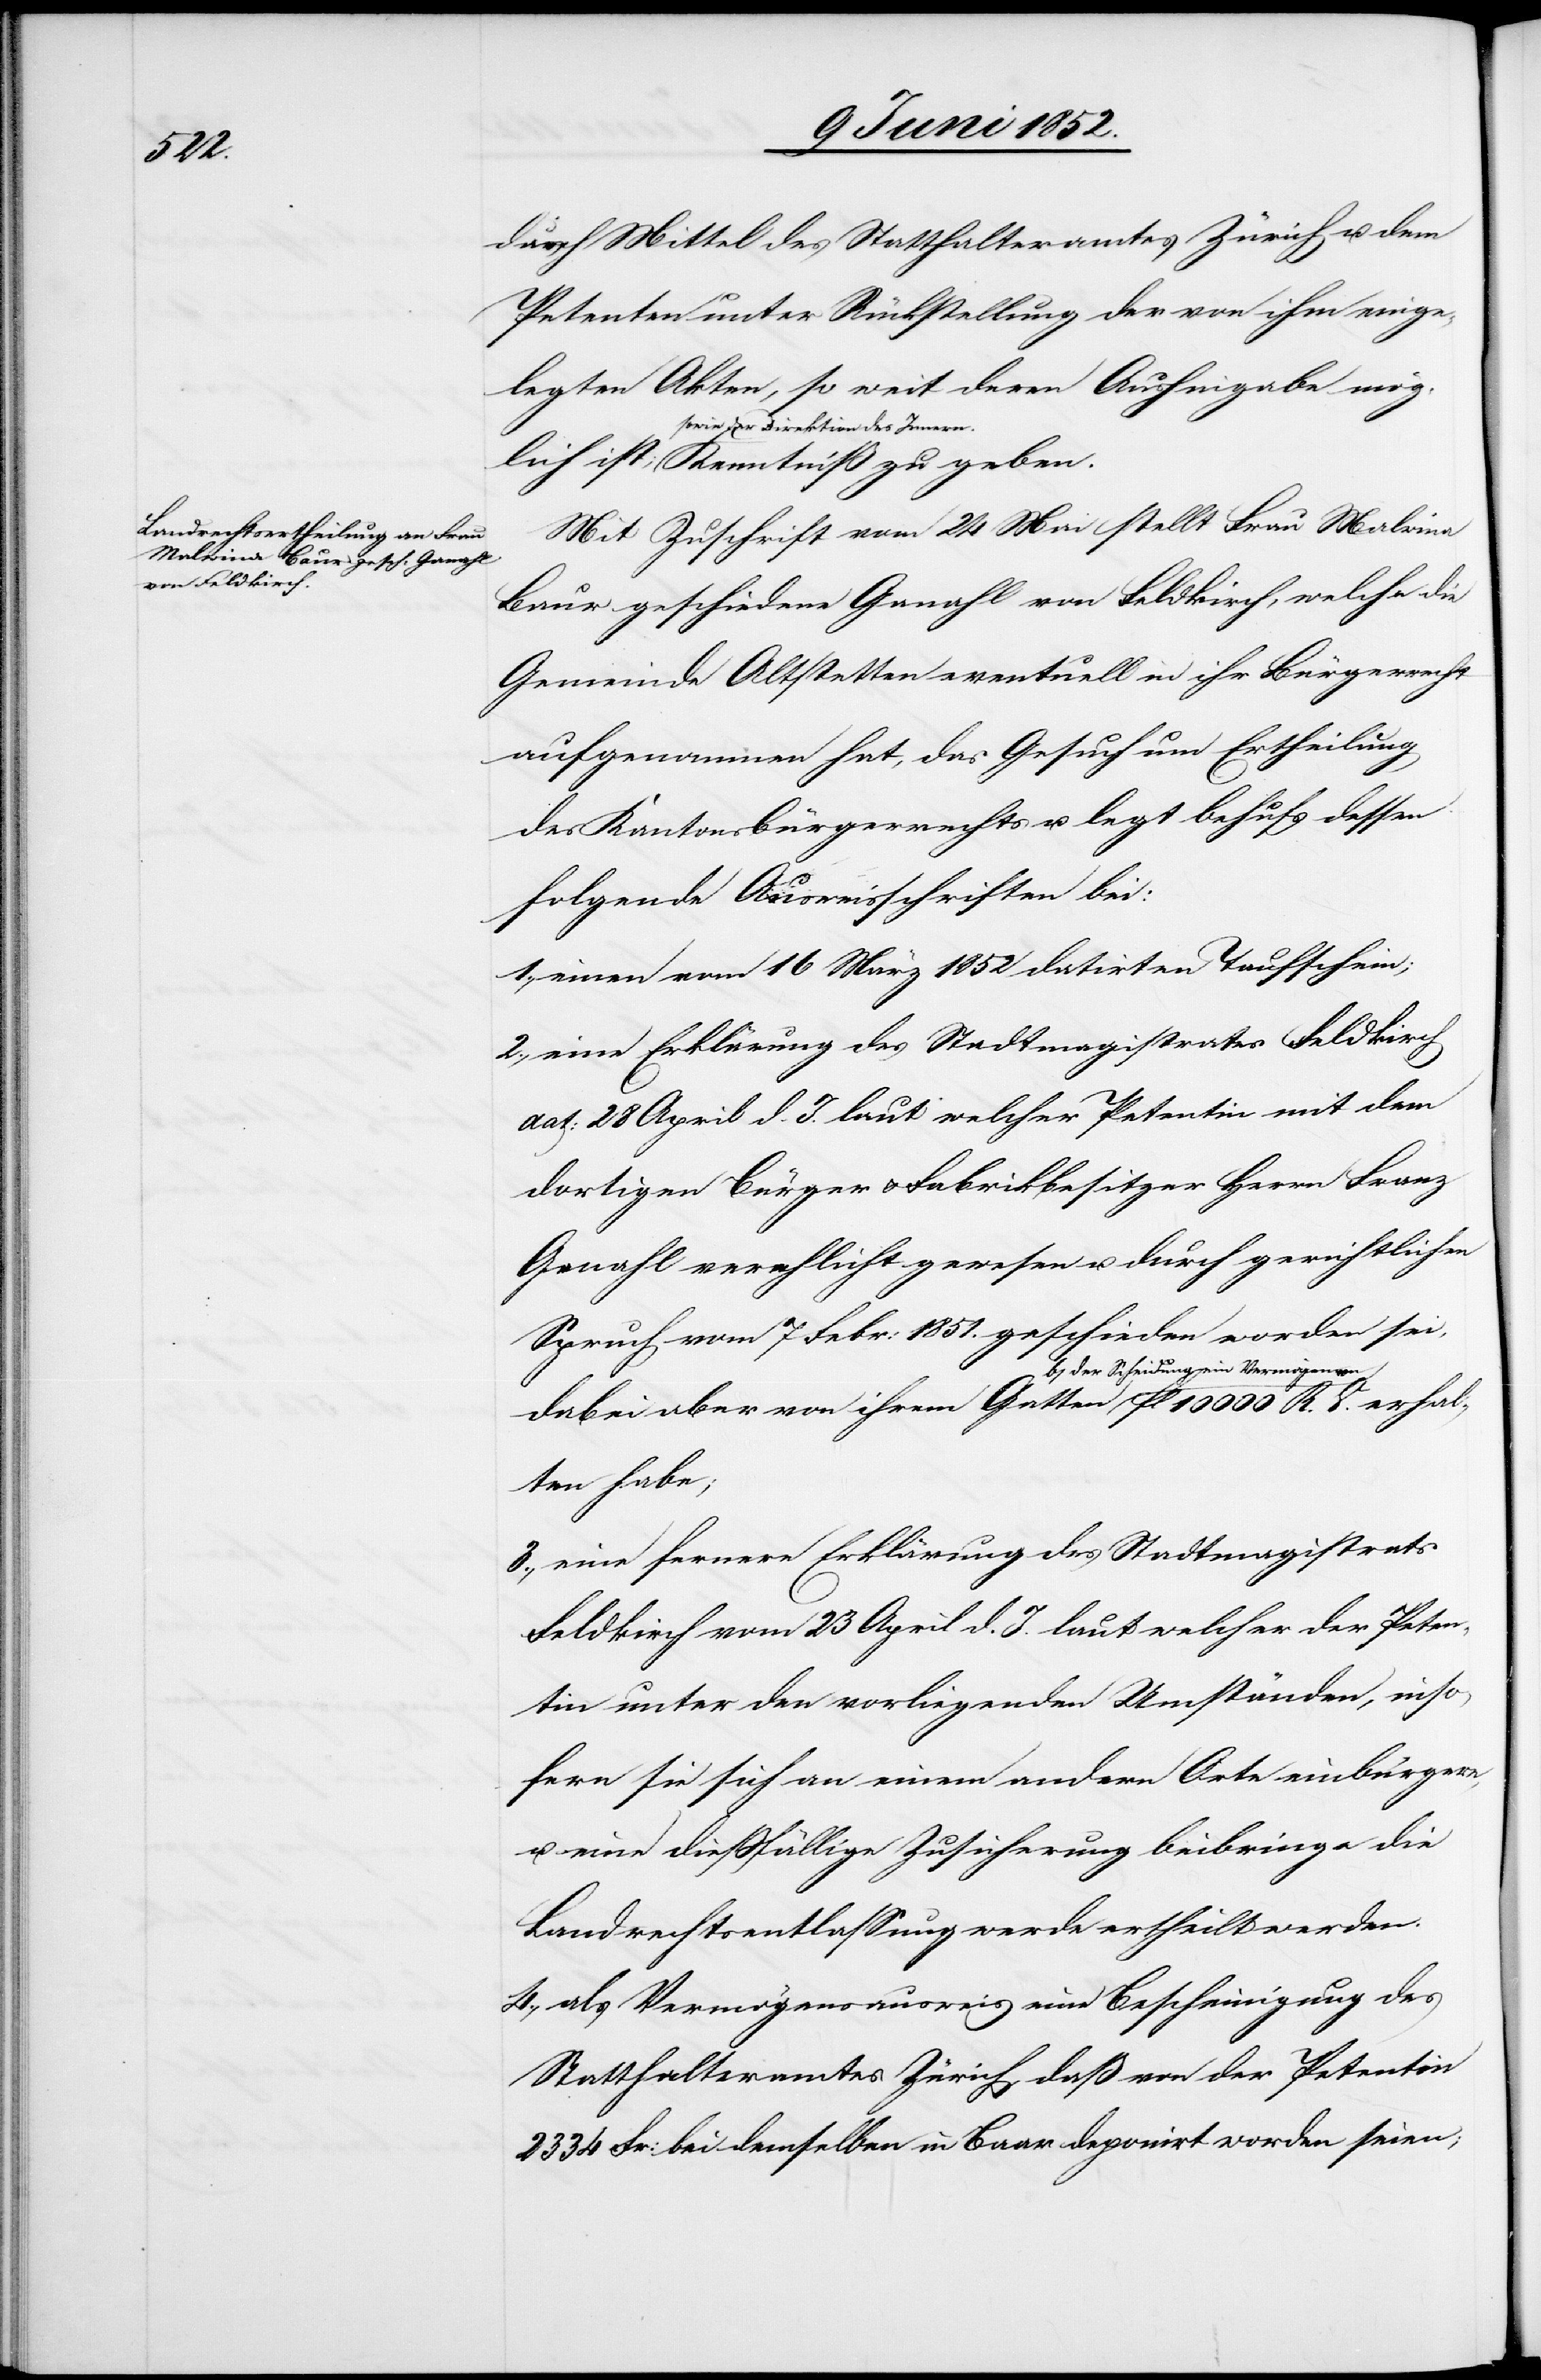
erhal¬

das Mittel des Statthalteramtes Zürich u. dem
Petenten unter Rückstellung der von ihm einge¬
legten Akten, so weit deren Aushingabe mög¬
sowie der Direktion des Innern.
Mit Zuschrift vom 24 Mai stellt Frau Malwina
Baur geschiedene Ganahl von Feldkirch, welche die
Gemeinde Altstetten eventuell in ihr Bürgerrecht
aufgenommen hat, das Gesuch um Ertheilung
des Kantonsbürgerrechts u. legt behufs dessen
folgende Ausweisschriften bei:
einen vom 16 März 1852 datirten Taufschein;
eine Erklärung des Stadtmagistrates Feldkirch
dat: 28 April d. J. laut welcher Petentin mit dem
dortigen Bürger & Fabrikbesitzer Herrn Franz
Ganahl verehlicht gewesen u. durch gerichtlichen
Spruch vom 7 Febr: 1851. geschieden worden sei,
dabei aber von ihrem Gatten b[ei] der Scheidung
ten habe;
eine fernere Erklärung des Stadtmagistrats
Feldkirch vom 23 April d. J. laut welcher der Peten¬
tin unter den vorliegenden Umständen, inso¬
fern sie sich an einem andern Orte einbürgere,
u. eine diessfällige Zusicherung beibringe die
Landrechtsentlassung werde ertheilt werden.
als Vermögensausweis eine Bescheinigung des
Statthalteramtes Zürich, daß von der Petentin
2334 Fr: bei demselben in Baar deponirt worden seien;